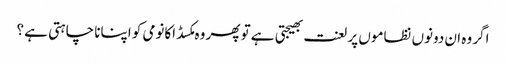
اگر وہ ان دونوں نظاموں پر لعنت بھیجتی ہے تو پھر وہ مکسڈ اکانومی کو اپنانا چاہتی ہے ؟